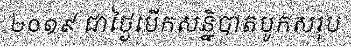
២០១៩ ជាថ្ងៃបើកសន្និបាតបូកសរុប